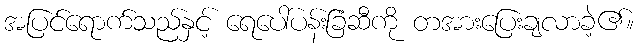
အပြင်ရောက်သည်နှင့် ရေပေါ်ပန်းခြံဆီကို တအားပြေးချလာခဲ့၏။